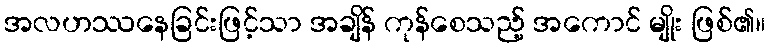
အလဟဿနေခြင်းဖြင့်သာ အချိန် ကုန်စေသည့် အကောင် မျိုး ဖြစ်၏။